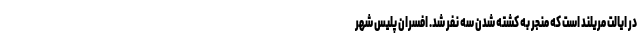
در ایالت مریلند است که منجر به کشته شدن سه نفر شد. افسران پلیس شهر